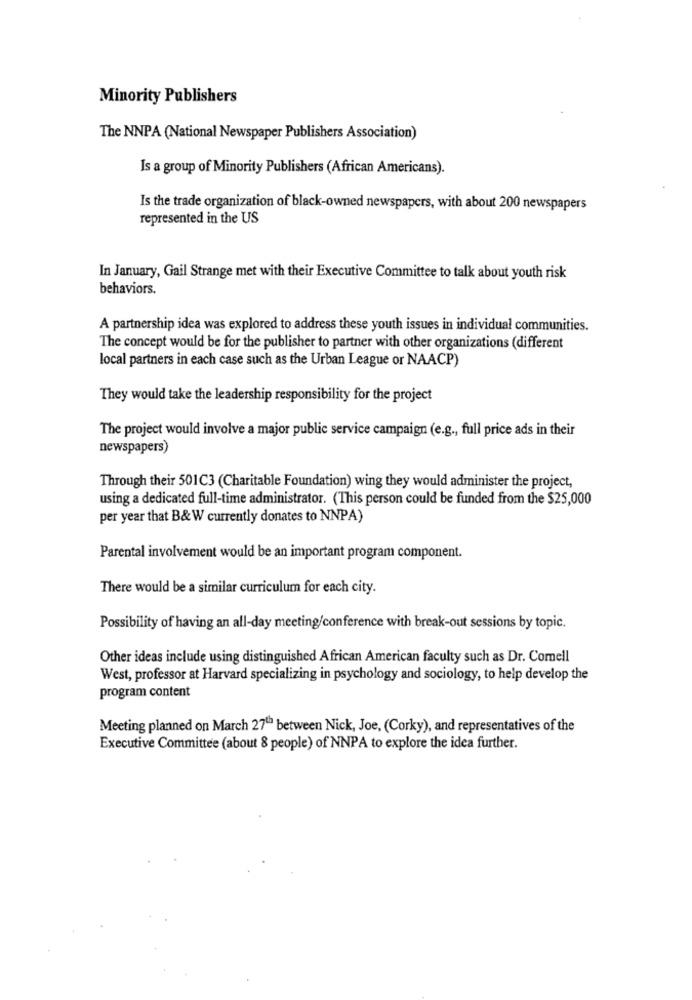
Minority Publishers
The NNPA (National Newspaper Publishers Association)
Is a group of Minority Publishers (African Americans).
Is the trade organization of black-owned newspapers, with about 200 newspapers
represented in the US
In January, Gail Strange met with their Executive Committee to talk about youth risk
behaviors.
A partnership idea was explored to address these youth issues in individual communities.
The concept would be for the publisher to partner with other organizations (different
local partners in each case such as the Urban League or NAACP)
They would take the leadership responsibility for the project
The project would involve a major public service campaign (e.g ., full price ads in their
newspapers)
Through their 501C3 (Charitable Foundation) wing they would administer the project,
using a dedicated full-time administrator. (This person could be funded from the $25,000
per year that B& W currently donates to NNPA)
Parental involvement would be an important program component.
There would be a similar curriculum for each city.
Possibility of having an all-day meeting/conference with break-out sessions by topic.
Other ideas include using distinguished African American faculty such as Dr. Comell
West, professor at Harvard specializing in psychology and sociology, to help develop the
program content
Meeting planned on March 27th between Nick, Joe, (Corky), and representatives of the
Executive Committee (about 8 people) of NNPA to explore the idea further.